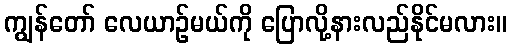
ကျွန်တော် လေယာဉ်မယ်ကို ပြောလို့နားလည်နိုင်မလား။